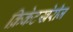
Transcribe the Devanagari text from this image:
क्रिकेटखेरीज